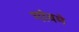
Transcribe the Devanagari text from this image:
गांवमे